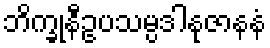
ဘိက္ခုနီဥပသမ္ပဒါနုဇာနနံ